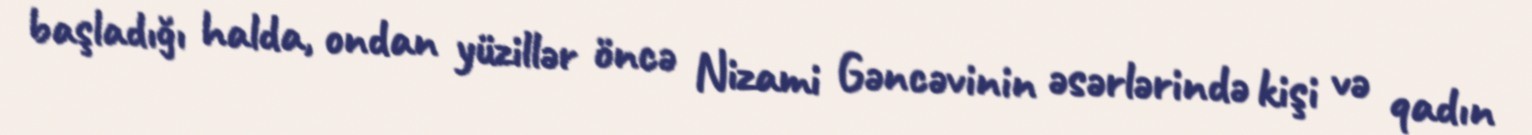
başladığı halda, ondan yüzillər öncə Nizami Gəncəvinin əsərlərində kişi və qadın